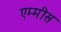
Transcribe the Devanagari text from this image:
एम्मीस